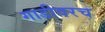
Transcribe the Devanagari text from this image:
गाडीवरच